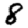
Digit: 8